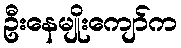
ဦးနေမျိုးကျော်က